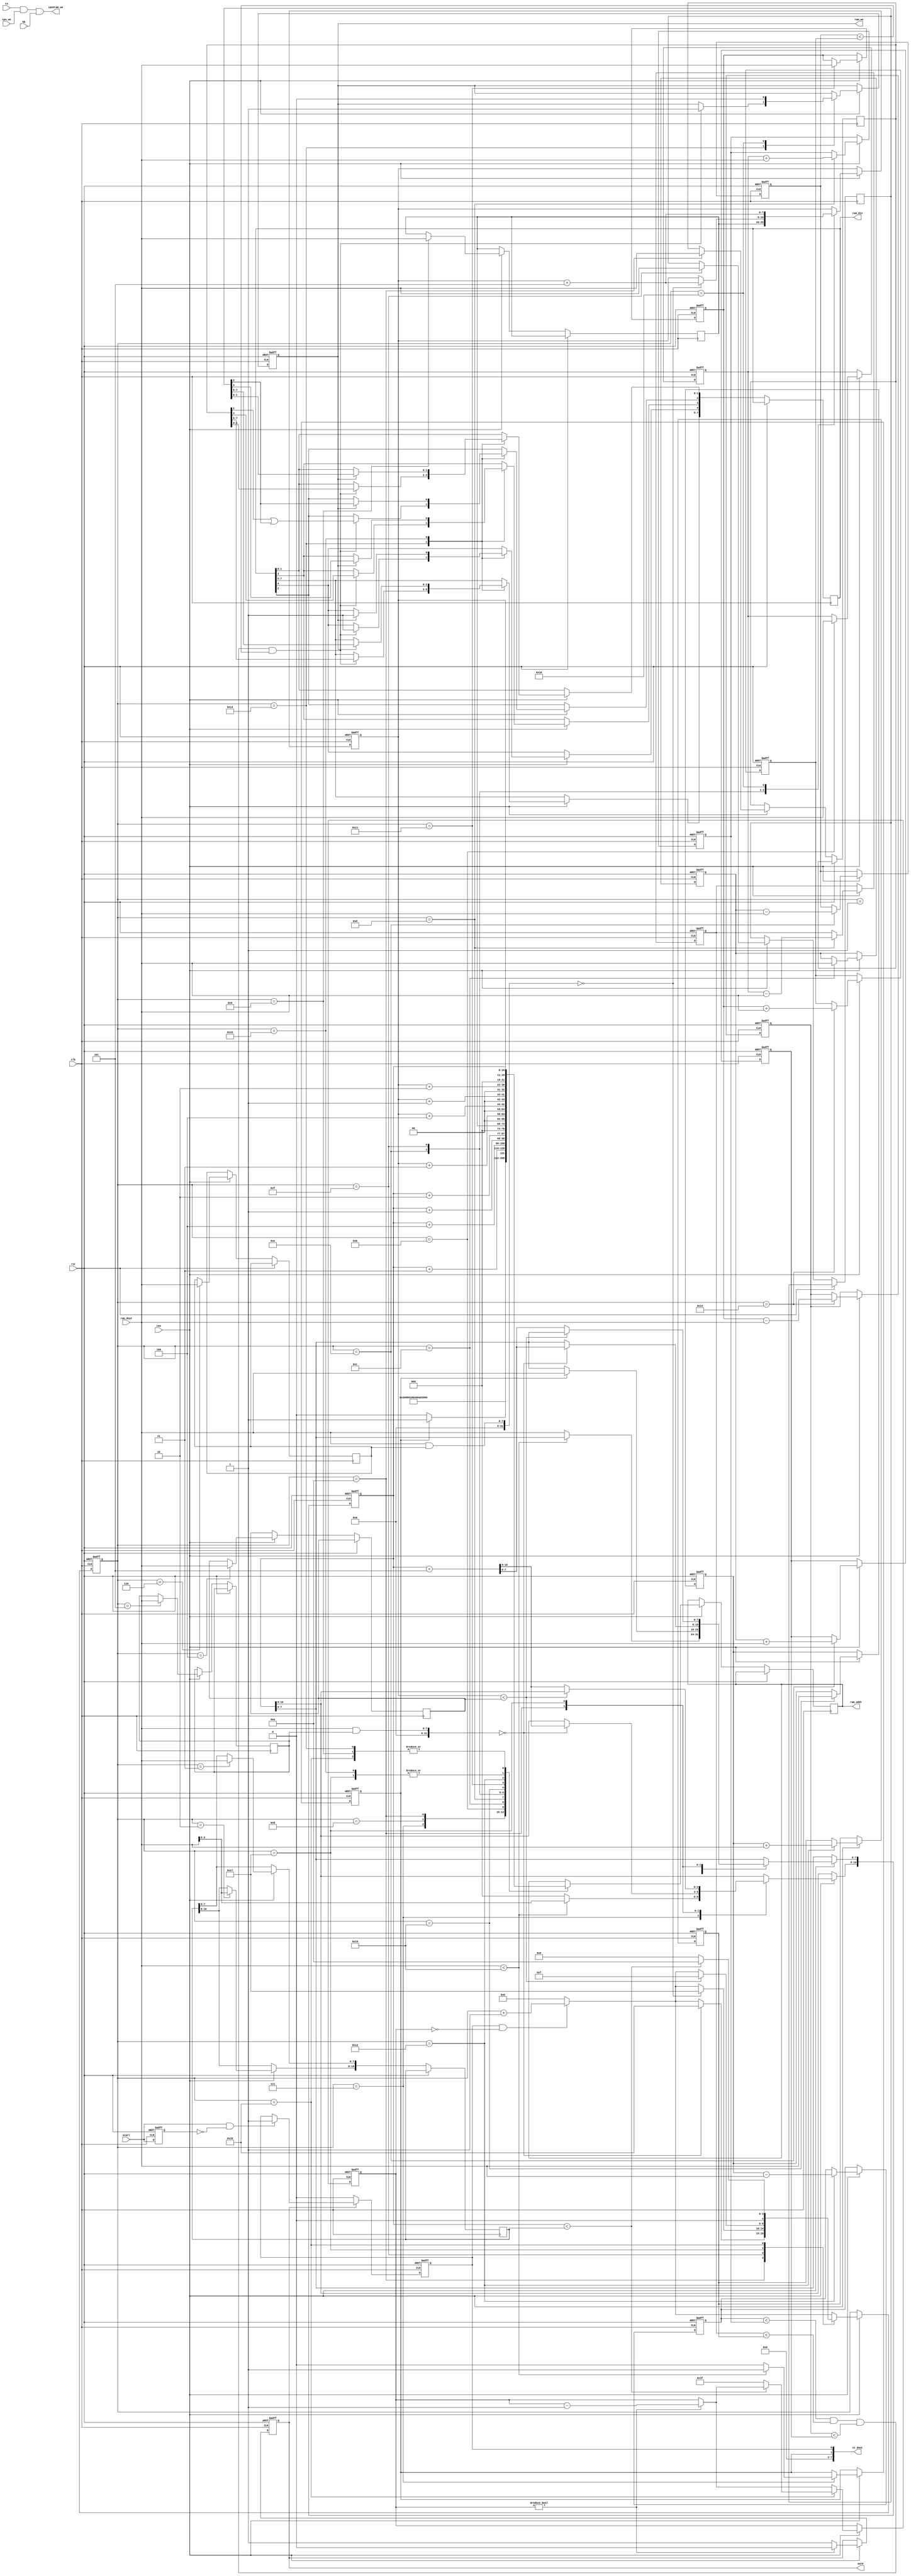
// This program was cloned from: https://github.com/jotego/jtcores
// License: GNU General Public License v3.0

/*  This file is part of JTCORES.
    JTCORES program is free software: you can redistribute it and/or modify
    it under the terms of the GNU General Public License as published by
    the Free Software Foundation, either version 3 of the License, or
    (at your option) any later version.

    JTCORES program is distributed in the hope that it will be useful,
    but WITHOUT ANY WARRANTY; without even the implied warranty of
    MERCHANTABILITY or FITNESS FOR A PARTICULAR PURPOSE.  See the
    GNU General Public License for more details.

    You should have received a copy of the GNU General Public License
    along with JTCORES.  If not, see <http://www.gnu.org/licenses/>.

    Author: Jose Tejada Gomez. Twitter: @topapate
    Version: 1.0
    Date: 15-4-2023 */

// Programmable custom chip used in Thunder Force, S.P.Y. and Helix
// The main CPU writes the program to its internal RAM
// How it works, nobody knows
// But what the program is expected to is emulated on MAME
// This implementation so far does what is needed for Thunder Force

module jt052591(
    input             rst,
    input             clk,
    input             cen,

    // CPU interface
    input             cs,
    input             cpu_we,
    // input      [12:0] cpu_addr,
    // input      [ 7:0] cpu_dout,
    // output reg [ 7:0] cpu_din,
    output            cpu2ram_we,

    // RAM. Called E(xternal) or ER (External RAM) in the pinout
    output reg        ram_we,
    output     [10:0] ram_addr, // real chip has 12:0, but 12,11 are NC in sch.
    input      [ 7:0] ram_dout,
    output reg [ 7:0] ram_din,

    // original pin names
    input             bk,       // 0=internal RAM, 1=external RAM
    output reg        out0,     // connected to PCMFIRQ in Thunder Cross
    input             start,    // triggers the programmed process
    // Debug
    output    [ 7:0]  st_dout
);

reg  [ 5:0] out_cnt;
reg  [ 4:0] st;
reg  [10:0] pos0, end0, addr;
reg  [ 7:0] flag0, flag1, cm, hm, start1, end1, pos1,
            t0, b0, l0, r0, x0, y0,
            t1, b1, l1, r1, x1, y1;
reg         bsy, start_l, thunderxa;

wire   int_we = cs & cpu_we & ~bk; // internal writes are ignored

assign cpu2ram_we = cs & cpu_we & bk; // BK writes mapped to the upper half of the RAM
assign ram_addr = addr;
assign st_dout  = { 6'd0, thunderxa,bsy };

always @(posedge clk, posedge rst) begin
    if( rst ) begin
        start_l <= 0;
        bsy     <= 0;
    end else begin
        start_l <= start;
        if( start & ~start_l ) bsy <= 1;
        if( !out0 ) bsy <= 0;
    end
end

always @(posedge clk, posedge rst) begin
    if( rst ) begin
        st         <= 0;
        out0       <= 0;
        out_cnt    <= 0;
        ram_we     <= 0;
        thunderxa <= 0;
        pos0       <= 0;
        pos1       <= 0;
        {x0,y0,x1,y1}<=0;
        {b0,t0,l0,r0}<=0;
        {b1,t1,l1,r1}<=0;
    end else if(cen) begin
        if( out_cnt!=0 ) begin
            out_cnt <=out_cnt-1'd1;
            out0    <= 0;
        end else begin
            out0    <= 1;
        end
        st <= bsy && out_cnt==0 ? st+5'd1 : 5'd0;
        case(st)
            1: begin addr<=0; end
            2: begin addr<=1; end0[10:8] <= ram_dout[2:0]; end
            3: begin addr<=2; end0[ 7:0] <= ram_dout; end
            4: begin addr<=3; end1       <= ram_dout; end
            5: begin addr<=4; cm         <= ram_dout; end
            6: begin addr<=5; hm         <= ram_dout; end
            7: begin
                addr<=6;
                if(ram_dout<16) begin
                    thunderxa <= 1;
                    pos0[10:8] <= ram_dout[2:0];
                end else begin
                    thunderxa <= 0;
                    pos0 <= { 3'd0, ram_dout };
                end
            end
            8: begin
                if(thunderxa) begin
                    addr<=7;
                    pos0[7:0] <= ram_dout;
                end else begin
                    addr<=6;
                end
            end
            9: begin
                start1 <= ram_dout; addr <= pos0;
                $display("052591: set 0 %X -> %X    set 1 %X -> %X",pos0, end0, ram_dout, end1);
            end
            // loop
            10: begin
                addr <= pos0 + 11'd3;
                flag0    <= ram_dout;
                if( (ram_dout & cm) == 0) begin
                    pos0<=pos0+11'd5;
                    st <= 24;   // NEXT
                end
            end
            11: begin addr <= pos0 + 11'd4; x0 <= ram_dout; end
            12: begin addr <= pos0 + 11'd1; y0 <= ram_dout; end
            13: begin addr <= pos0 + 11'd2; l0 <= x0-ram_dout; r0 <= x0+ram_dout; end
            14: begin pos1     <= start1;   t0 <= y0-ram_dout; b0 <= y0+ram_dout;
                      addr <= {3'd0, start1}; end
            // inner loop
            15: begin // INNER_LOOP
                addr <= {3'd0,pos1} + 11'd3;
                flag1 <= ram_dout;
                if( (ram_dout & hm) == 0) begin
                    pos1<=pos1+8'd5;
                    st <= 23;   // INNER_NEXT
                end
            end
            16: begin addr <= {3'd0,pos1} + 11'd4; x1 <= ram_dout; end
            17: begin addr <= {3'd0,pos1} + 11'd1; y1 <= ram_dout; end
            18: begin addr <= {3'd0,pos1} + 11'd2; l1 <= x1-ram_dout; r1 <= x1+ram_dout; end
            19: begin                              t1 <= y1-ram_dout; b1 <= y1+ram_dout; end
            20: begin
                addr <= pos0;
                if( l1<r0 && l0<r1 && t1<b0 && t0<b1 ) begin
                    ram_we     <= 1;
                    ram_din    <= flag0;
                    ram_din[2] <= flag0[2] | flag1[2];
                    ram_din[4] <= 1;
                end
            end
            21: begin
                addr <= {3'd0,pos1};
                if( ram_we ) begin
                    ram_din    <= flag1;
                    ram_din[4] <= 1;
                end
            end
            22: begin
                ram_we <= 0;
                pos1 <= pos1+8'd5;
            end
            23: begin // INNER_NEXT
                addr <= {3'd0,pos1};
                if( pos1<end1 )
                    st <= 15; // inner loop
                else
                    pos0 <= pos0 + 11'd5;
            end
            24: begin // NEXT
                addr <= pos0;
                if( pos0<end0 ) begin
                    st <= 10;
                end else begin
                    st <= 0;
                    out_cnt <= 6'h3f;
                end
            end
        endcase
    end
end

endmodule